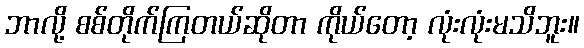
ဘာလို့ စစ်တိုက်ကြတယ်ဆိုတာ ကိုယ်တော့ လုံးလုံးမသိဘူး။